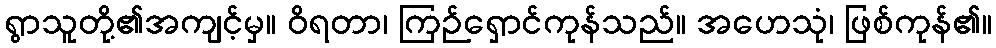
ရွာသူတို့၏အကျင့်မှ။ ဝိရတာ၊ ကြဉ်ရှောင်ကုန်သည်။ အဟေသုံ၊ ဖြစ်ကုန်၏။